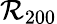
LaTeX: \mathcal{R}_{200}